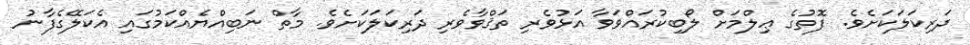
ދަރިކަލަކަށެވެ. ފޮތުގެ ޢިލްމަށް ލޯބިކުރައްވަވާ އަޅުވެރި ތަޤްވާވެރި ދަރިކަލަކަށެވެ. މާތް ނަބިއްޔެއްކަމުގައި އެކަލޭގެފާނު